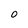
Character: O